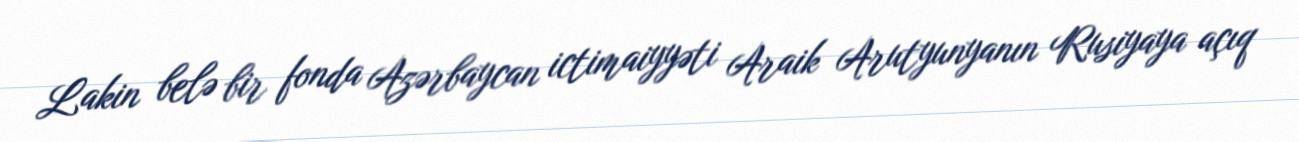
Lakin belə bir fonda Azərbaycan ictimaiyyəti Araik Arutyunyanın Rusiyaya açıq